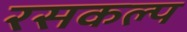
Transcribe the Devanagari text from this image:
रसकल्प